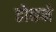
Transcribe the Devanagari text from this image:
होकने